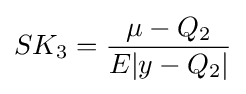
SK_{3}={\frac {\mu -Q_{2}}{E|y-Q_{2}|}}